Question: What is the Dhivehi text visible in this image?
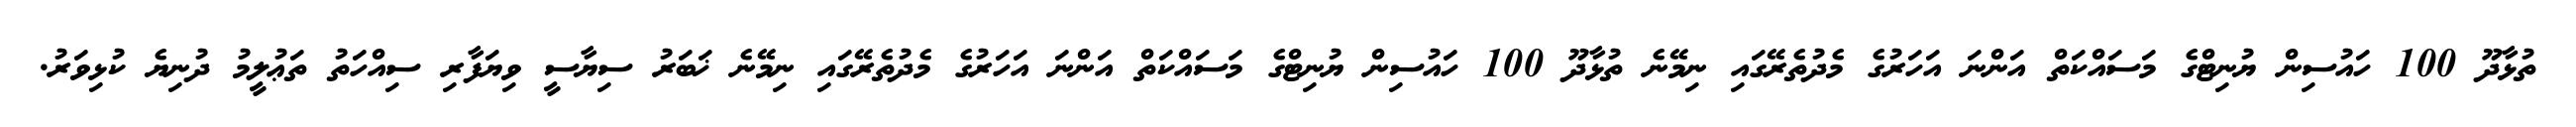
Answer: ތުޅާދޫ 100 ހައުސިން ޔުނިޓްގެ މަސައްކަތް އަންނަ އަހަރުގެ މެދުތެރޭގައި ނިމޭނެ ތުޅާދޫ 100 ހައުސިން ޔުނިޓްގެ މަސައްކަތް އަންނަ އަހަރުގެ މެދުތެރޭގައި ނިމޭނެ ޚަބަރު ސިޔާސީ ވިޔަފާރި ސިއްހަތު ތަޢުލީމު ދުނިޔެ ކުޅިވަރު.